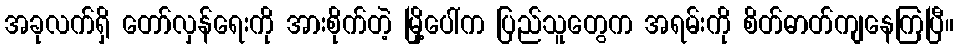
အခုလက်ရှိ တော်လှန်ရေးကို အားစိုက်တဲ့ မြို့ပေါ်က ပြည်သူတွေက အရမ်းကို စိတ်ဓာတ်ကျနေကြပြီ။